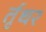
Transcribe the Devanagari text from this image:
र्तृधर